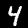
Label: 4